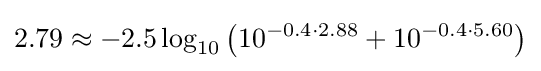
2.79\approx -2.5\log _{10}\left(10^{-0.4\cdot 2.88}+10^{-0.4\cdot 5.60}\right)